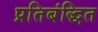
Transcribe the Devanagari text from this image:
प्रतिबंद्धित